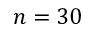
n = 3 0